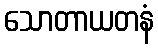
သောတာယတနံ